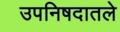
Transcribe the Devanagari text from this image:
उपनिषदातले